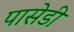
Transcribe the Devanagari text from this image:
पासेडी